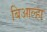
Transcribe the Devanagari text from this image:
बिआल्हा